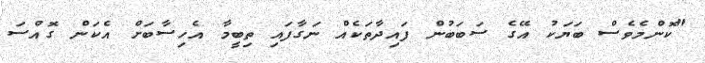
"ކޮންމެވެސް ބަޔަކު އޭގެ ސަބަބުން ފައިދާތަކެއް ނަގާފައި ތިބީމާ އެހިސާބަށް އެކަން ގޮއްސަ